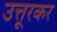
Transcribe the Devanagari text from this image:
उत्तूरकर